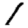
Digit: 1